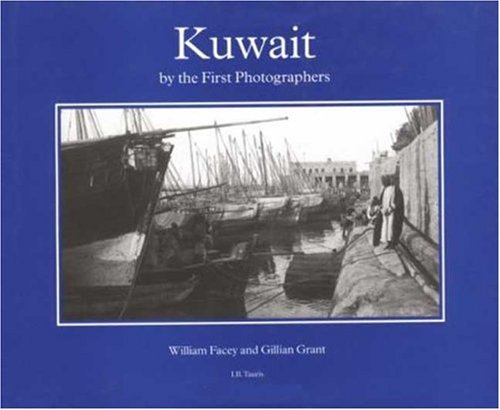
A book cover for Kuwait By the First Photographers; William Facey; History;